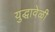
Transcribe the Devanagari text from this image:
युद्धावेळी